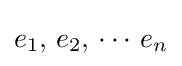
e_{1},\,e_{2},\,\cdots \,e_{n}